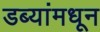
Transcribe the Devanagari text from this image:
डब्यांमधून